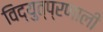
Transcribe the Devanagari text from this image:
विद्युत्प्रणाली